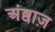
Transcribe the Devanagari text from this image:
अंब्वाज़